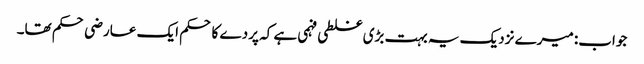
جواب: میرے نزدیک یہ بہت بڑی غلطی فہمی ہے کہ پردے کا حکم ایک عارضی حکم تھا۔